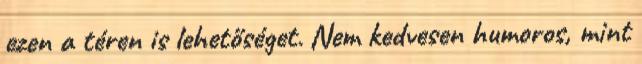
ezen a téren is lehetőséget. Nem kedvesen humoros, mint